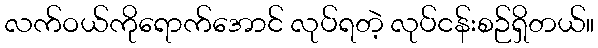
လက်ဝယ်ကိုရောက်အောင် လုပ်ရတဲ့ လုပ်ငန်းစဉ်ရှိတယ်။